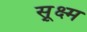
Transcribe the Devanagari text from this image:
सू़क्ष्म